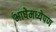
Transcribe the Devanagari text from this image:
भाषेमध्येपण